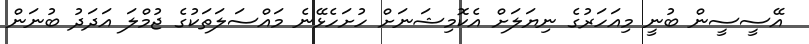
އޭސީސީން ބުނީ މިއަހަރުގެ ނިޔަލަށް އެކޮމިޝަނަށް ހުށަހެޅޭނެ މައްސަލަތަކުގެ ޖުމްލަ އަދަދު ބުނަން